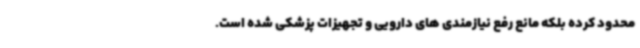
محدود کرده بلکه مانع رفع نیازمندی های دارویی و تجهیزات پزشکی شده است.